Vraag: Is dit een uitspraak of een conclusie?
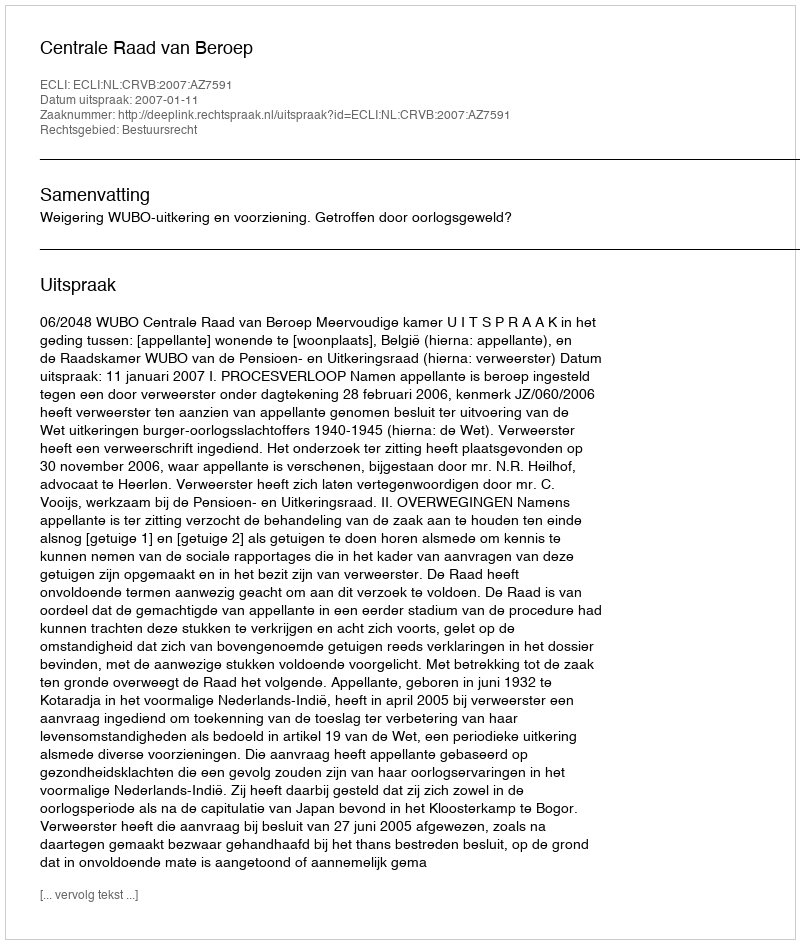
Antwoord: Uitspraak